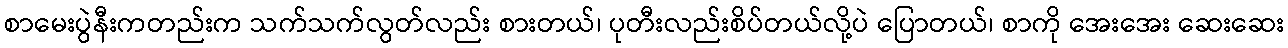
စာမေးပွဲနီးကတည်းက သက်သက်လွတ်လည်း စားတယ်၊ ပုတီးလည်းစိပ်တယ်လို့ပဲ ပြောတယ်၊ စာကို အေးအေး ဆေးဆေး